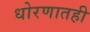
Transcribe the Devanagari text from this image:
धोरणातही